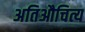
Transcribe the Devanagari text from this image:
अतिऔचित्य